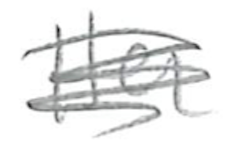
Text: Her
Cross-out: scratch
Writing tool: pencil